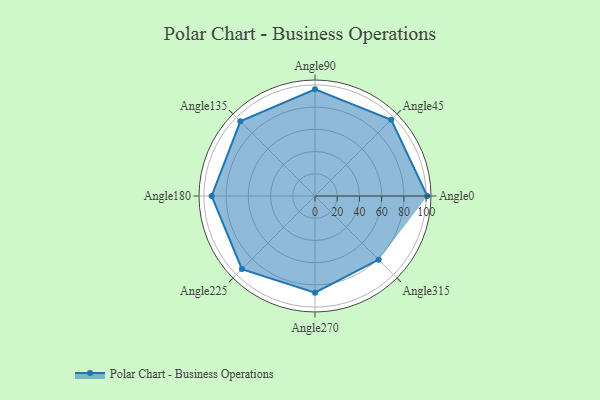
{"axis": {"x": "Angle", "y": "Radius"}, "legend": [""], "data": [{"x": "Angle0", "y": 101.0, "type": ""}, {"x": "Angle45", "y": 97.0, "type": ""}, {"x": "Angle90", "y": 96.0, "type": ""}, {"x": "Angle135", "y": 95.0, "type": ""}, {"x": "Angle180", "y": 93.0, "type": ""}, {"x": "Angle225", "y": 93.0, "type": ""}, {"x": "Angle270", "y": 87.0, "type": ""}, {"x": "Angle315", "y": 81.0, "type": ""}]}